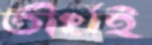
তীর্থই